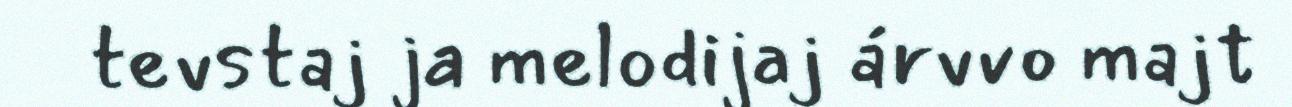
tevstaj ja melodijaj árvvo majt